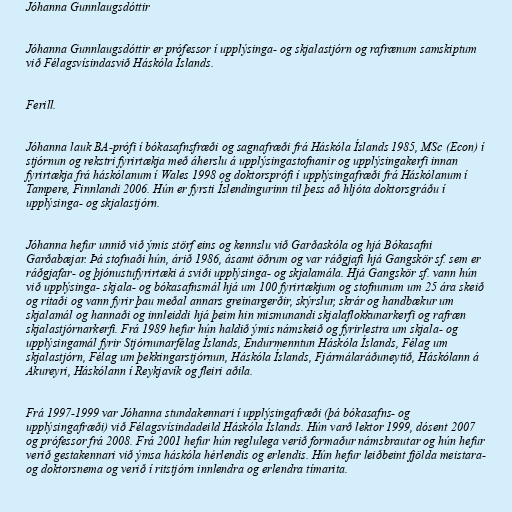
Jóhanna Gunnlaugsdóttir

Jóhanna Gunnlaugsdóttir er prófessor í upplýsinga- og skjalastjórn og rafrænum samskiptum
við Félagsvísindasvið Háskóla Íslands.

Ferill.

Jóhanna lauk BA-prófi í bókasafnsfræði og sagnafræði frá Háskóla Íslands 1985, MSc (Econ) í
stjórnun og rekstri fyrirtækja með áherslu á upplýsingastofnanir og upplýsingakerfi innan
fyrirtækja frá háskólanum í Wales 1998 og doktorsprófi í upplýsingafræði frá Háskólanum í
Tampere, Finnlandi 2006. Hún er fyrsti Íslendingurinn til þess að hljóta doktorsgráðu í
upplýsinga- og skjalastjórn.

Jóhanna hefur unnið við ýmis störf eins og kennslu við Garðaskóla og hjá Bókasafni
Garðabæjar. Þá stofnaði hún, árið 1986, ásamt öðrum og var ráðgjafi hjá Gangskör sf. sem er
ráðgjafar- og þjónustufyrirtæki á sviði upplýsinga- og skjalamála. Hjá Gangskör sf. vann hún
við upplýsinga- skjala- og bókasafnsmál hjá um 100 fyrirtækjum og stofnunum um 25 ára skeið
og ritaði og vann fyrir þau meðal annars greinargerðir, skýrslur, skrár og handbækur um
skjalamál og hannaði og innleiddi hjá þeim hin mismunandi skjalaflokkunarkerfi og rafræn
skjalastjórnarkerfi. Frá 1989 hefur hún haldið ýmis námskeið og fyrirlestra um skjala- og
upplýsingamál fyrir Stjórnunarfélag Íslands, Endurmenntun Háskóla Íslands, Félag um
skjalastjórn, Félag um þekkingarstjórnun, Háskóla Íslands, Fjármálaráðuneytið, Háskólann á
Akureyri, Háskólann í Reykjavík og fleiri aðila.

Frá 1997-1999 var Jóhanna stundakennari í upplýsingafræði (þá bókasafns- og
upplýsingafræði) við Félagsvísindadeild Háskóla Íslands. Hún varð lektor 1999, dósent 2007
og prófessor frá 2008. Frá 2001 hefur hún reglulega verið formaður námsbrautar og hún hefur
verið gestakennari við ýmsa háskóla hérlendis og erlendis. Hún hefur leiðbeint fjölda meistara-
og doktorsnema og verið í ritstjórn innlendra og erlendra tímarita.